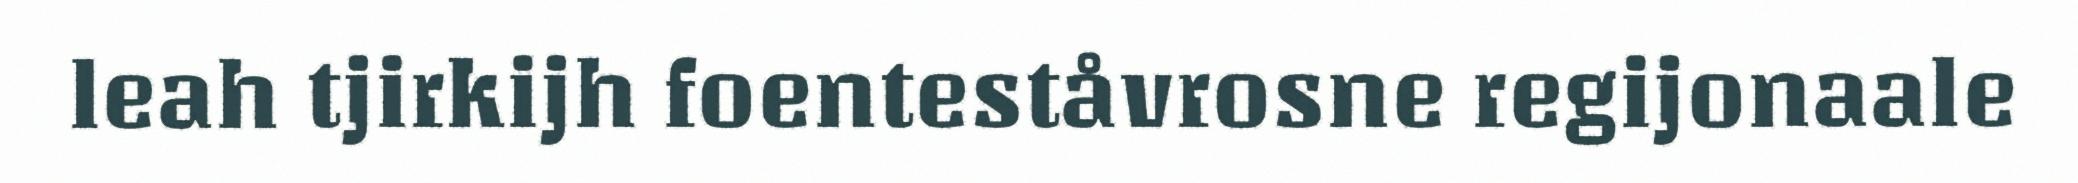
leah tjirkijh foenteståvrosne regijonaale